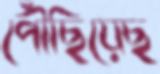
পৌঁছিয়েছ